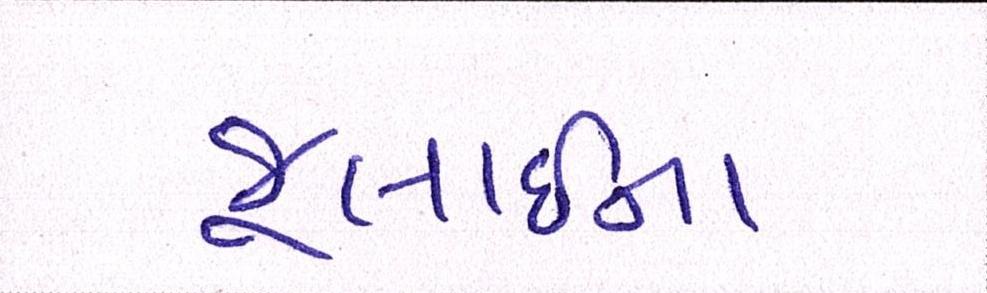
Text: જૂલાઈના